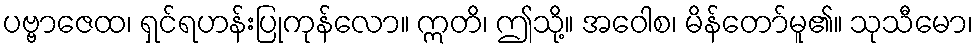
ပဗ္ဗာဇေထ၊ ရှင်ရဟန်းပြုကုန်လော။ ဣတိ၊ ဤသို့။ အဝေါစ၊ မိန်တော်မူ၏။ သုသီမော၊